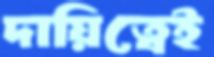
দায়িত্বেই